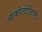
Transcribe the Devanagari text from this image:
आंकोलोजिस्ट